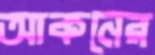
আকনের